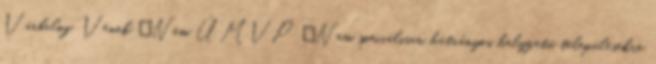
Várbalog, Vének ▪Nem ÚMVP ▪Nem speciálisan hátrányos helyzetű településekre